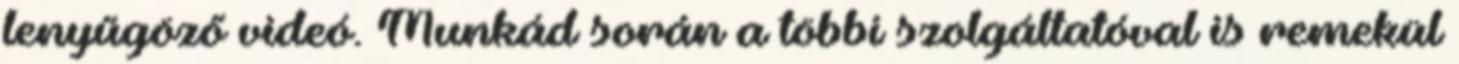
lenyűgöző videó. Munkád során a többi szolgáltatóval is remekül